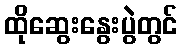
ထိုဆွေးနွေးပွဲတွင်